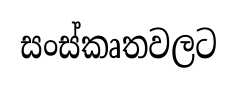
සංස්කෘතවලට